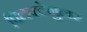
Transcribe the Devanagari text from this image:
पिलक्टेनुलर